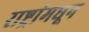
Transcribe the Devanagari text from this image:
राष्ट्रांमधून